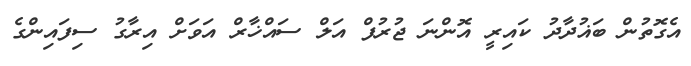
އެގޮތުން ބަޣުދާދު ކައިރީ އޮންނަ ޖުރުފް އަލް ސައްޚާރް އަވަށް އިރާގު ސިފައިންގެ